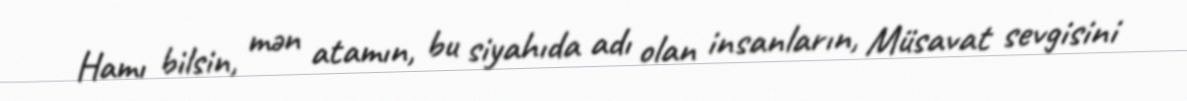
Hamı bilsin, mən atamın, bu siyahıda adı olan insanların, Müsavat sevgisini